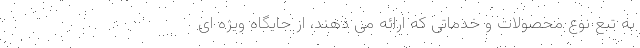
به تبع نوع محصولات و خدماتی که ارائه می­ دهند، از جایگاه ویژه ­ای